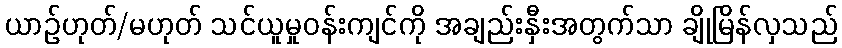
ယာဉ်ဟုတ်/မဟုတ် သင်ယူမှုဝန်းကျင်ကို အချည်းနှီးအတွက်သာ ချိုမြိန်လှသည်